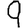
Digit: 9